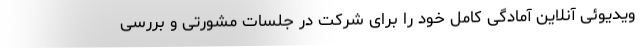
ویدیوئی آنلاین آمادگی کامل خود را برای شرکت در جلسات مشورتی و بررسی